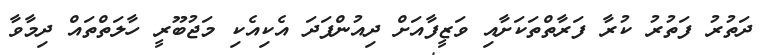
ދަތުރު ފަތުރު ކުރާ ފަރާތްތަކަށާއި ވަޒީފާއަށް ދިއުންފަދަ އެކިއެކި މަޖުބޫރީ ހާލަތްތައް ދިމާވާ